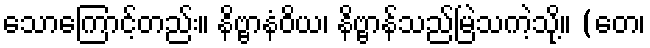
သောကြောင့်တည်း။ နိဗ္ဗာနံဝိယ၊ နိဗ္ဗာန်သည်မြဲသကဲ့သို့။ (တေ၊